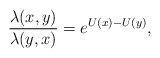
LaTeX: \begin{align*}\frac{\lambda(x,y)}{\lambda(y,x)}=e^{U(x)-U(y)},\end{align*}